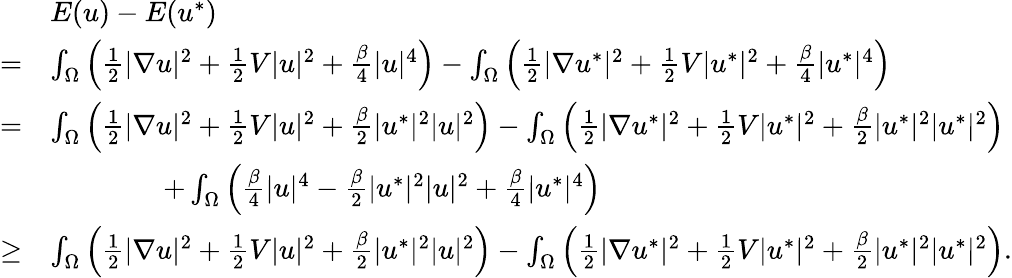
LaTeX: \begin{array}{rl}&{E(u)-E(u^{*})}\\ {=}&{\int_{\Omega}\left(\frac{1}{2}|\nabla u|^{2}+\frac{1}{2}V|u|^{2}+\frac{\beta}{4}|u|^{4}\right)-\int_{\Omega}\left(\frac{1}{2}|\nabla u^{*}|^{2}+\frac{1}{2}V|u^{*}|^{2}+\frac{\beta}{4}|u^{*}|^{4}\right)}\\ {=}&{\int_{\Omega}\left(\frac{1}{2}|\nabla u|^{2}+\frac{1}{2}V|u|^{2}+\frac{\beta}{2}|u^{*}|^{2}|u|^{2}\right)-\int_{\Omega}\left(\frac{1}{2}|\nabla u^{*}|^{2}+\frac{1}{2}V|u^{*}|^{2}+\frac{\beta}{2}|u^{*}|^{2}|u^{*}|^{2}\right)}\\ &{\qquad\qquad+\int_{\Omega}\left(\frac{\beta}{4}|u|^{4}-\frac{\beta}{2}|u^{*}|^{2}|u|^{2}+\frac{\beta}{4}|u^{*}|^{4}\right)}\\ {\geq}&{\int_{\Omega}\left(\frac{1}{2}|\nabla u|^{2}+\frac{1}{2}V|u|^{2}+\frac{\beta}{2}|u^{*}|^{2}|u|^{2}\right)-\int_{\Omega}\left(\frac{1}{2}|\nabla u^{*}|^{2}+\frac{1}{2}V|u^{*}|^{2}+\frac{\beta}{2}|u^{*}|^{2}|u^{*}|^{2}\right).}\end{array}